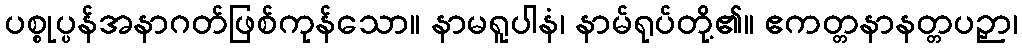
ပစ္စုပ္ပန်အနာဂတ်ဖြစ်ကုန်သော။ နာမရူပါနံ၊ နာမ်ရုပ်တို့၏။ ဧကတ္တနာနတ္တပဉှာ၊